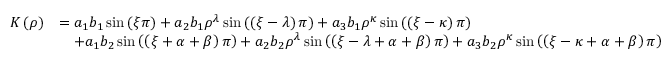
\begin{array} { r l } { K \left( \rho \right) } & { = a _ { 1 } b _ { 1 } \sin \left( \xi \pi \right) + a _ { 2 } b _ { 1 } \rho ^ { \lambda } \sin \left( \left( \xi - \lambda \right) \pi \right) + a _ { 3 } b _ { 1 } \rho ^ { \kappa } \sin \left( \left( \xi - \kappa \right) \pi \right) } \\ & { \quad + a _ { 1 } b _ { 2 } \sin \left( \left( \xi + \alpha + \beta \right) \pi \right) + a _ { 2 } b _ { 2 } \rho ^ { \lambda } \sin \left( \left( \xi - \lambda + \alpha + \beta \right) \pi \right) + a _ { 3 } b _ { 2 } \rho ^ { \kappa } \sin \left( \left( \xi - \kappa + \alpha + \beta \right) \pi \right) } \end{array}